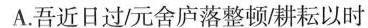
A.吾近日过元舍庐落整顿/耕耘以时